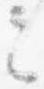
定